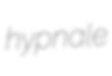
hypnale